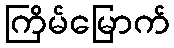
ကြိမ်မြောက်